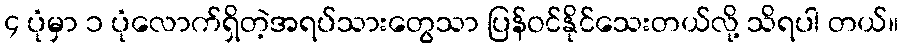
၄ ပုံမှာ ၁ ပုံလောက်ရှိတဲ့အရပ်သားတွေသာ ပြန်ဝင်နိုင်သေးတယ်လို့ သိရပါ တယ်။